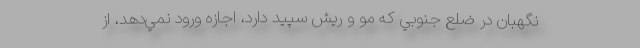
نگهبان در ضلع جنوبي كه مو و ريش سپيد دارد، اجازه ورود نمي‌دهد، از